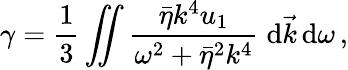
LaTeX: \gamma=\frac{1}{3}\int\! \! \! \! \int\frac{{\bar{\eta}}k^{4}u_{1}}{{\omega^{2}+{\bar{\eta}}^{2}k^{4}}}\; \mathrm{d}\vec{k}\, \mathrm{d}\omega\, ,